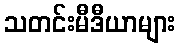
သတင်းမီဒီယာများ